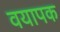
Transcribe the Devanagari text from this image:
वयापक